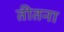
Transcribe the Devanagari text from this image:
तीतना